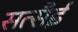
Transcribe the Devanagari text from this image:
सत्सैई